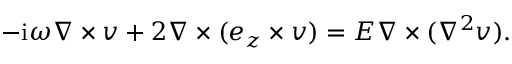
- \mathrm { i } \omega \nabla \times \boldsymbol { v } + 2 \nabla \times ( \boldsymbol { e } _ { z } \times \boldsymbol { v } ) = E \nabla \times ( \nabla ^ { 2 } \boldsymbol { v } ) .